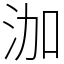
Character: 泇